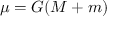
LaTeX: \mu = G ( M + m )